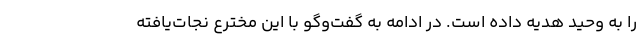
را به وحید هدیه داده است. در ادامه به گفت‌وگو با این مخترعِ نجات‌یافته